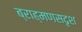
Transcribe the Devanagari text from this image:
ब्राह्मणसदृश